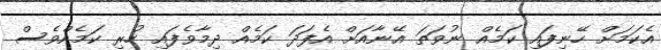
އެކަމަށް ހޭނިފައި ކަމެއް ނުވަތަ އޭނާއަށް އެފަދަ ކަމެއް ދިމާވެފައި ހުރި ކަމެއްވެސް